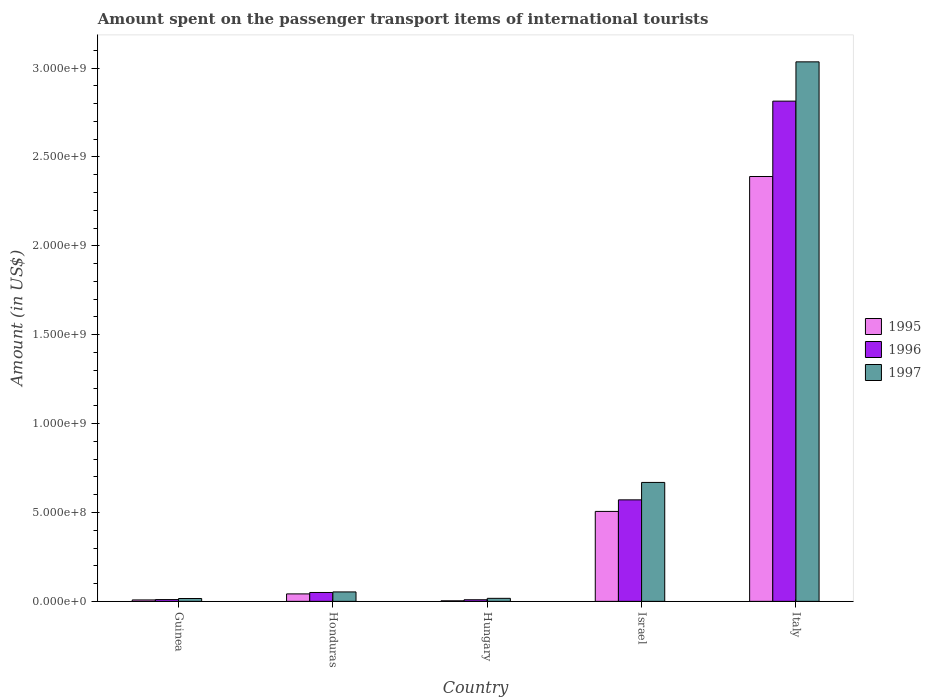
| Country | 1995 | 1996 | 1997 |
 | --- | --- | --- | --- |
 | Guinea | 8e+06 | 1e+07 | 1.6e+07 |
 | Honduras | 4.2e+07 | 5e+07 | 5.3e+07 |
 | Hungary | 3e+06 | 9e+06 | 1.7e+07 |
 | Israel | 5.06e+08 | 5.71e+08 | 6.69e+08 |
 | Italy | 2.39e+09 | 2.81e+09 | 3.04e+09 |